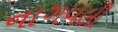
નાગવલી